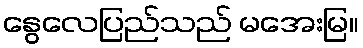
နွေလေပြည်သည် မအေးမြ။